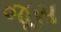
જૂસ